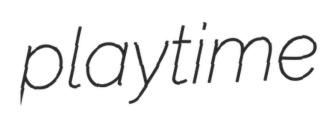
playtime